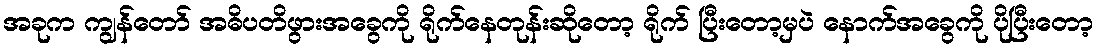
အခုက ကျွန်တော် အဓိပတိဖွားအခွေကို ရိုက်နေတုန်းဆိုတော့ ရိုက် ပြီးတော့မှပဲ နောက်အခွေကို ပိုပြီးတော့